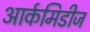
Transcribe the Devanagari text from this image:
आर्कमिडीज